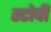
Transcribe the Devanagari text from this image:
स्टोवी